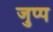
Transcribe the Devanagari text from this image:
जुप्प